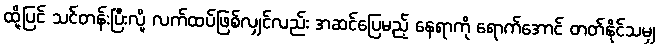
ထို့ပြင် သင်တန်းပြီးလို့ လက်ထပ်ဖြစ်လျှင်လည်း အဆင်ပြေမည့် နေရာကို ရောက်အောင် တတ်နိုင်သမျှ